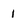
Character: 1